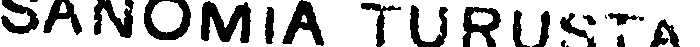
SANOMIA TURUSTA.